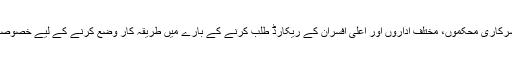
کابینہ نے نیب کی سرکاری محکموں، مختلف اداروں اور اعلیٰ افسران کے ریکارڈ طلب کرنے کے بارے میں طریقہ کار وضع کرنے کے لیے خصوصی کمیٹی قائم کردی۔